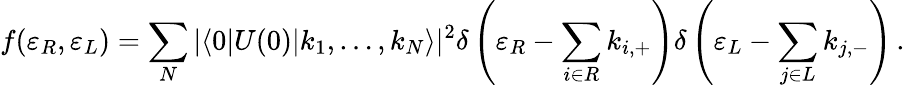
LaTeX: f(\varepsilon_{R},\varepsilon_{L})=\sum_{N}|\langle 0|U(0)|k_{1},\dots,k_{N}\rangle|^{2}\delta\left(\varepsilon_{R}-\sum_{i\in R}k_{i,+}\right)\delta\left(\varepsilon_{L}-\sum_{j\in L}k_{j,-}\right)\, .